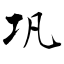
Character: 巩